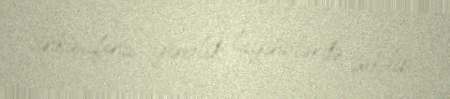
inkişafına yönəlik layihələrdə çəkilib.